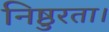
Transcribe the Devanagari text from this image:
निष्ठुरता।